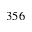
3 5 6